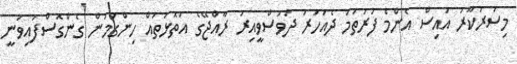
މިސަރުކާރު އައިސް އެންމެ ފުރަތަމަ ދެއަހަރު ދުވަސްވީއިރު ރާއްޖޭގެ އަތޮޅުތައް ހިންގަމުން ގެންގޮސްފައިވަނީ